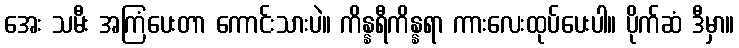
အေး သမီး အကြံပေးတာ ကောင်းသားပဲ။ ကိန္နရီကိန္နရာ ကားလေးထုပ်ပေးပါ။ ပိုက်ဆံ ဒီမှာ။